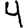
Digit: 4